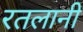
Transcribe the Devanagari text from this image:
रतलानी